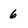
Character: 6